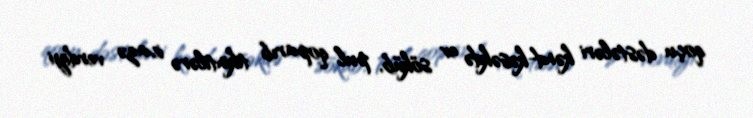
qoçu dəstələri kənd-kəsəkdə ev söküb, pul qoparıb tikintilərə icazə verdiyi